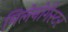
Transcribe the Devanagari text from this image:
मिलेनोगैस्टर